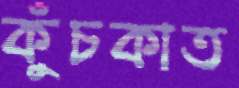
কুঁচকাত